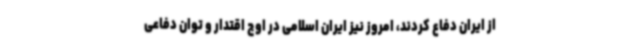
از ایران دفاع کردند، امروز نیز ایران اسلامی در اوج اقتدار و توان دفاعی